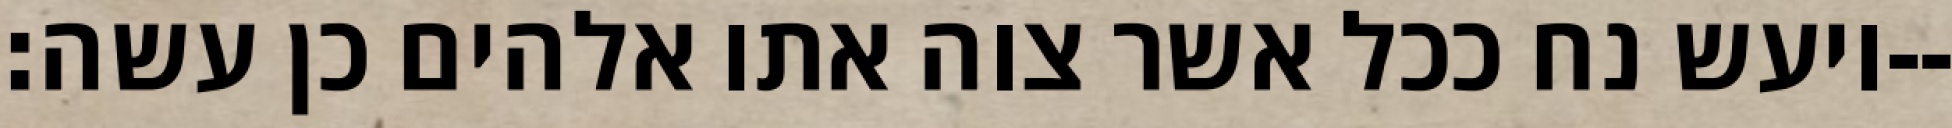
ויעש נח ככל אשר צוה אתו אלהים כן עשה׃--